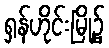
ရှန်ဟိုင်းမြို့၌